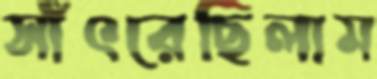
সাঁৎরেছিলাম